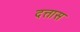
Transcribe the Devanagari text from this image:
दत्तास